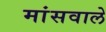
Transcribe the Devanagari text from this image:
मांसवाले